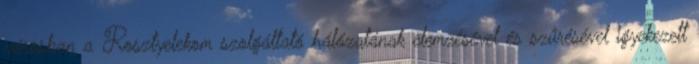
városban a Rosztyelekom szolgáltató hálózatának elemzésével és szűrésével igyekezett